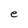
Character: e